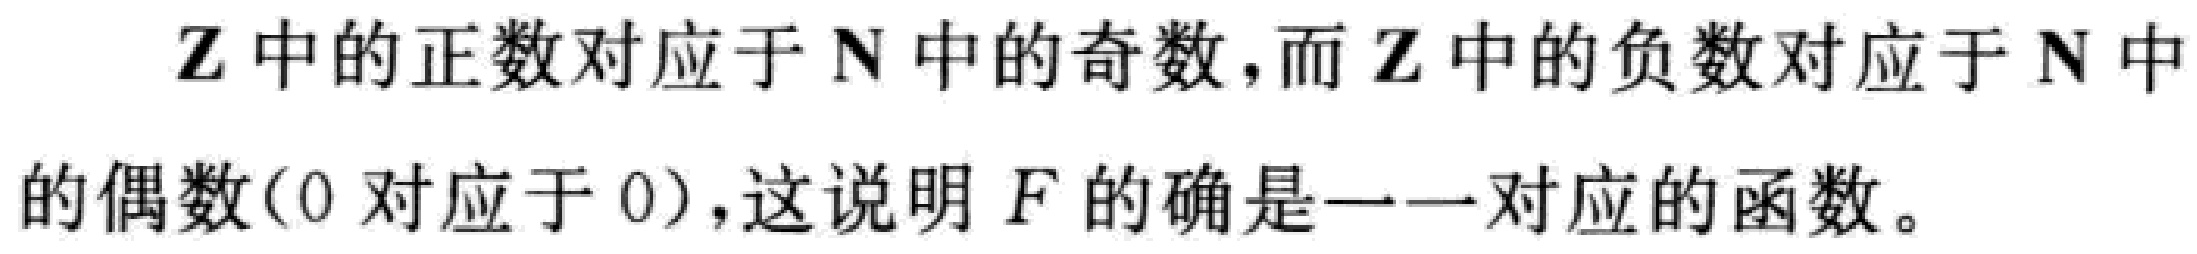
$\mathbf{Z}$中的正数对应于$\mathbf{N}$中的奇数,而$\mathbf{Z}$中的负数对应于$\mathbf{N}$中的偶数($0$对应于$0$),这说明$F$的确是一一对应的函数。